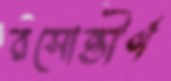
রসোত্তীর্ণ